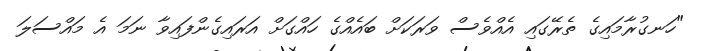
"ހަނގުރާމައިގެ ތެރޭގައި އެއްވެސް ވަރަކަށް ބައެއްގެ ހައްގަށް އަރައިގެންފައިވާ ނަމަ އެ މައްސަލަ